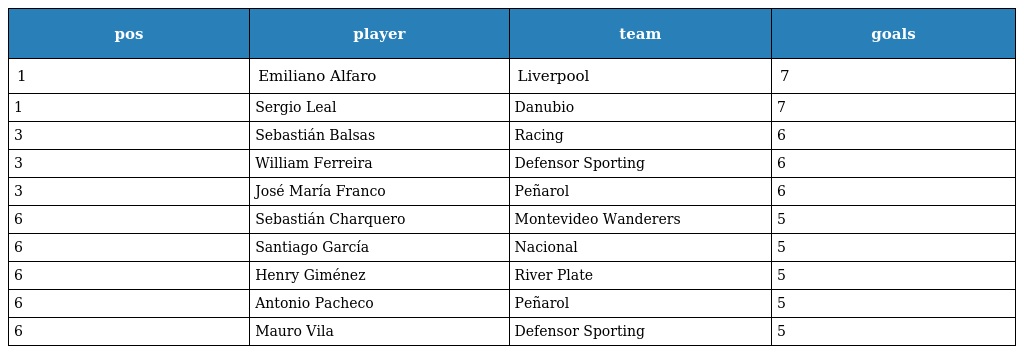
| pos | player | team | goals |
 | --- | --- | --- | --- |
 | 1 | Emiliano Alfaro | Liverpool | 7 |
 | 1 | Sergio Leal | Danubio | 7 |
 | 3 | Sebastián Balsas | Racing | 6 |
 | 3 | William Ferreira | Defensor Sporting | 6 |
 | 3 | José María Franco | Peñarol | 6 |
 | 6 | Sebastián Charquero | Montevideo Wanderers | 5 |
 | 6 | Santiago García | Nacional | 5 |
 | 6 | Henry Giménez | River Plate | 5 |
 | 6 | Antonio Pacheco | Peñarol | 5 |
 | 6 | Mauro Vila | Defensor Sporting | 5 |